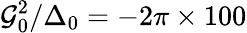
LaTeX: \mathcal{G}_{0}^{2}/\Delta_{0}=-2\pi\times 100